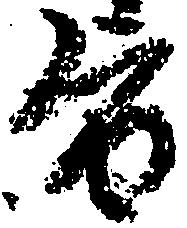
旨